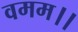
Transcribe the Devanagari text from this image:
वमम।।